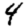
Digit: 4